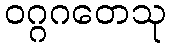
ဝဂ္ဂဂတေသု